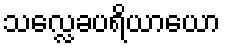
သလ္လေခပရိယာယော